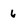
Character: 6